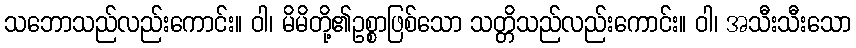
သဘောသည်လည်းကောင်း။ ဝါ၊ မိမိတို့၏ဥစ္စာဖြစ်သော သတ္တိသည်လည်းကောင်း။ ဝါ၊ အသီးသီးသော